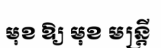
មុខ ឱ្យ មុខ មន្ត្រី